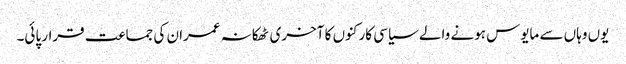
یوں وہاں سے مایوس ہونے والے سیاسی کارکنوں کا آخری ٹھکانہ عمران کی جماعت قرار پائی۔